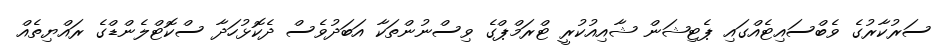
ސަރުކާރުގެ ވެބްސައިޓެއްގައި ޕެޓިޝަން ޝާއިއުކުރީ ޓްރަމްޕްގެ ވިސްނުންތަކާ އަބަދުވެސް ދެކޮޅުހަދާ ސްކޮޓްލެންޑްގެ ރައްޔިތެއް